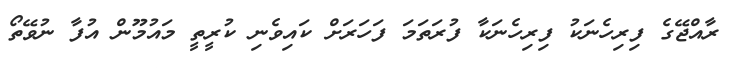
ރާއްޖޭގެ ފިރިހެނަކު ފިރިހެނަކާ ފުރަތަމަ ފަހަރަށް ކައިވެނި ކުރީތީ މައުމޫން އުފާ ނުވޭތޯ